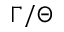
\Gamma / \Theta